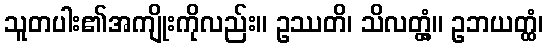
သူတပါး၏အကျိုးကိုလည်း။ ဥဿတိ၊ သိလတ္တံ့။ ဥဘယတ္ထံ၊